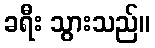
ခရီး သွားသည်။